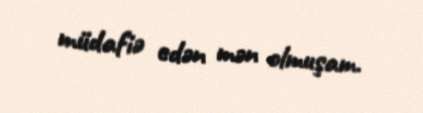
müdafiə edən mən olmuşam.